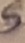
Text: S